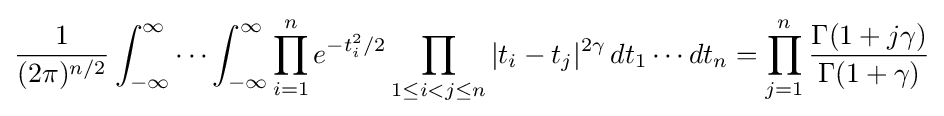
{\frac {1}{(2\pi )^{n/2}}}\int _{-\infty }^{\infty }\cdots \int _{-\infty }^{\infty }\prod _{i=1}^{n}e^{-t_{i}^{2}/2}\prod _{1\leq i<j\leq n}|t_{i}-t_{j}|^{2\gamma }\,dt_{1}\cdots dt_{n}=\prod _{j=1}^{n}{\frac {\Gamma (1+j\gamma )}{\Gamma (1+\gamma )}}